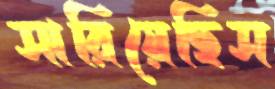
সারিয়েছিস